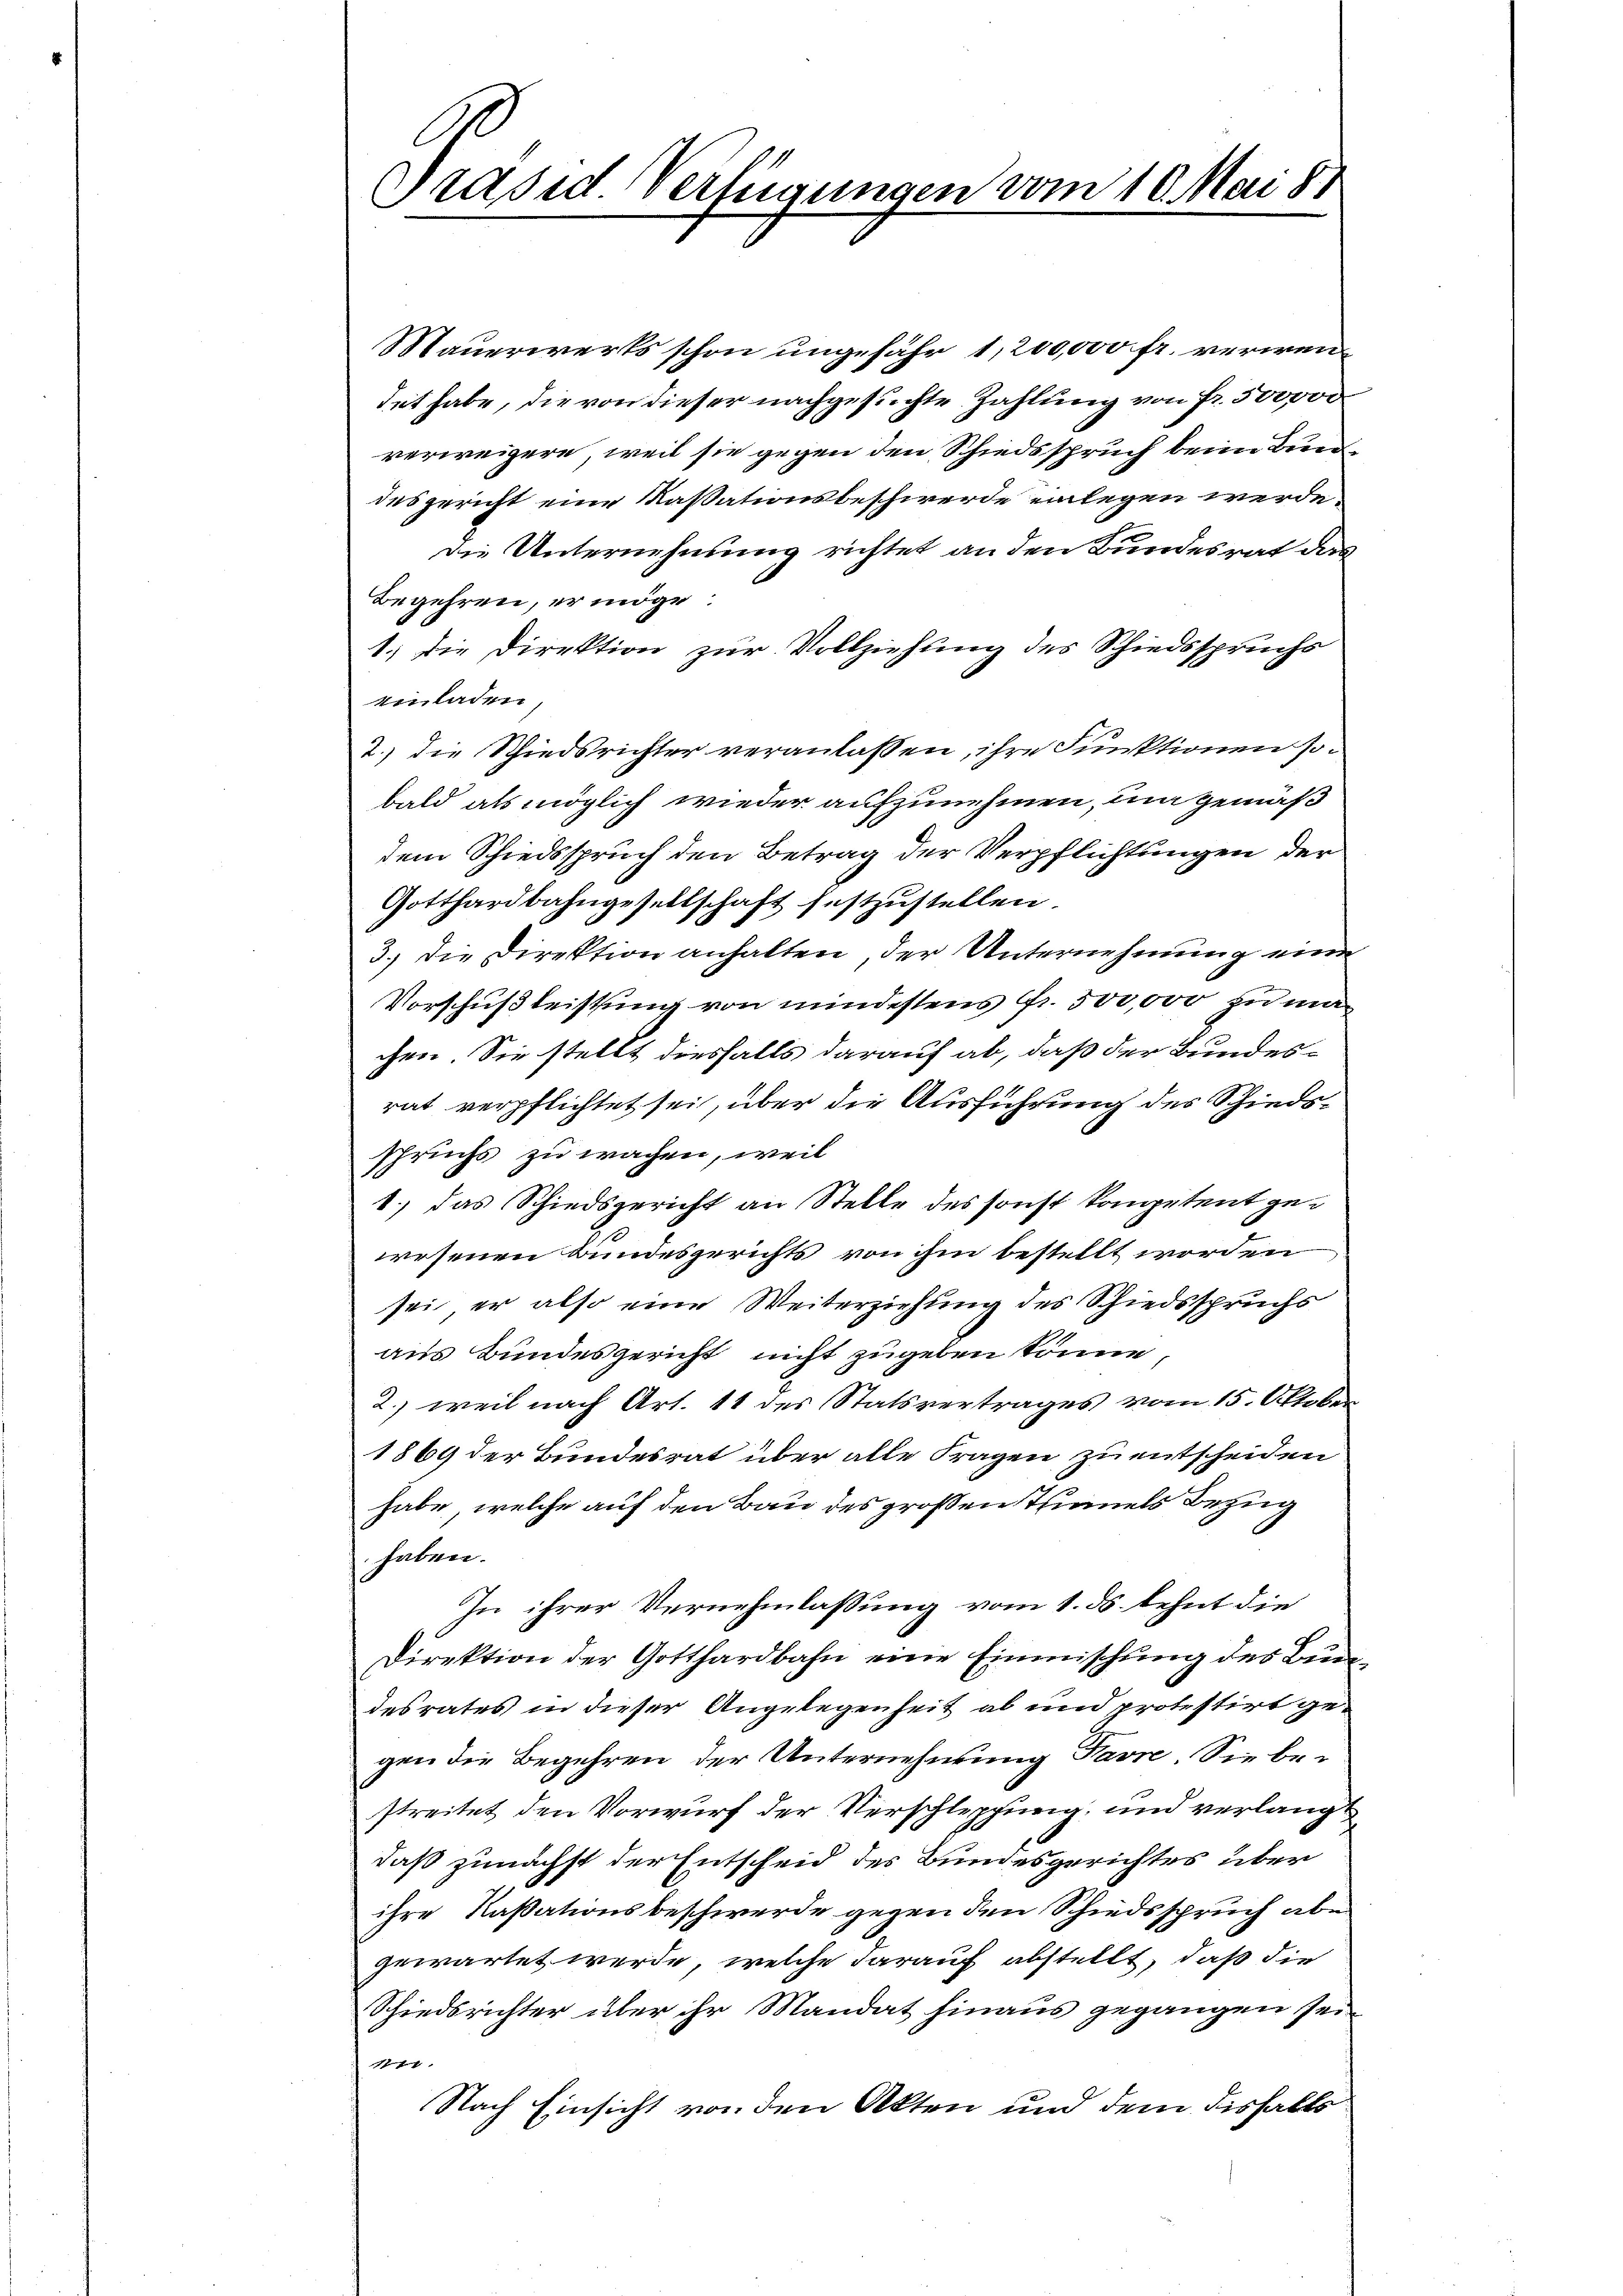
Präsid. Verfügungen vom 10. Mai 181

Mauerwerts schon ungefähr 1,200,000 fr. verwendet habe, die von dieser nachgesuchte Zahlung von Fr. 500000
verweigere, weil sie gegen den Schiedsspruch beim Bundesgericht eine Kassationsbeschwerde einlegen werde.
Die Unternehmung richtet an den Bundesrat das
Begehren, er möge.
1.) Die Direktion zur Vollziehung des Schiedsspruchs
Einladen
2.) die Schiedsrichter veranlassen, ihre Funktionen sobald als möglich wieder aufzunehmen, um gemäß
dem Schiedsspruch den Betrag der Verpflichtungen der
Gotthardbahngesellschaft festzustellen.
3.) Die Direktion anhalten, der Unternehmung eine
Vorschußleistung von mindestens Fr. 500,000 zu machen. Sie stellt diesfalls darauf ab, daß der Bundesrat verpflichtet sei, über die Ausführung des Schiedsspruchs zu wachen, weil
1.) das Schiedsgericht an Stelle des sonst kompetent gewesenen Bundesgerichts von ihm bestellt worden
sei, er also eine Weiterziehung des Schiedsspruchs
aus Bundesgericht nicht zugeben könne
2.) weil nach Art. 11 des Statsvertrages vom 15. Oktober
1869 der Bundesrat über alle Fragen zu entscheiden
habe, welche auf den Bau des großen Thunels Bezug
haben.
In ihrer Vernehmlassung vom 1. ds. lehnt die
Direktion der Gotthardbahn eine Einmischung des Bundesrates in dieser Angelegenheit ab und protestirt gegen die Begehren der Unternehmung Favre. Sie bestreitet den Vorwurf der Verschleppung; und verlang
daß zunächst der Entscheid des Bundesgerichtes über
ihre Kassationsbeschwerde gegen den Schiedsspruch aber
gewartet werde, welche darauf abstellt, daß die
Schiedsrichter über ihr Mandat hinaus gegangen sei¬
1ff
Nach Einsicht von den Akten und dem disfalls